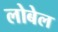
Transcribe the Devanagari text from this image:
लोबेल